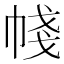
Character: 帴